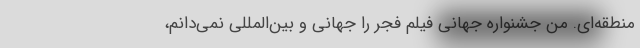
منطقه‌ای. من جشنواره جهانی فیلم فجر را جهانی و بین‌المللی نمی‌دانم،